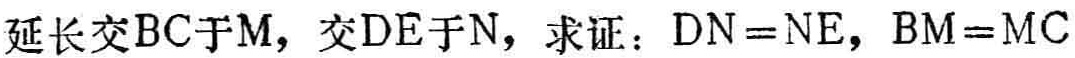
延长交\(BC\)于\(M\)，交\(DE\)于\(N\)，求证：\(DN = NE\)，\(BM = MC\)